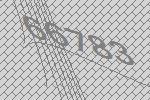
66783